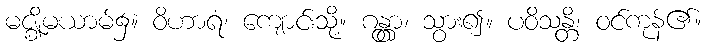
မဇ္ဈိမယာမ်၌။ ဝိဟာရံ၊ ကျောင်းသို့။ ဂန္တွာ၊ သွား၍။ ပဝိသန္တိ၊ ဝင်ကုန်၏။